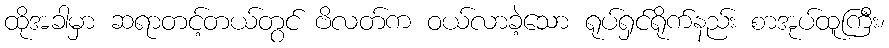
ထိုအခါမှာ ဆရာတင့်တယ်တွင် ဗိလတ်က ဝယ်လာခဲ့သော ရုပ်ရှင်ရိုက်နည်း စာအုပ်ထူကြီး၊